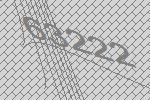
63222